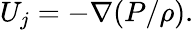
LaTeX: U_{j}=-\nabla({P}/{\rho}).